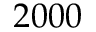
2 0 0 0